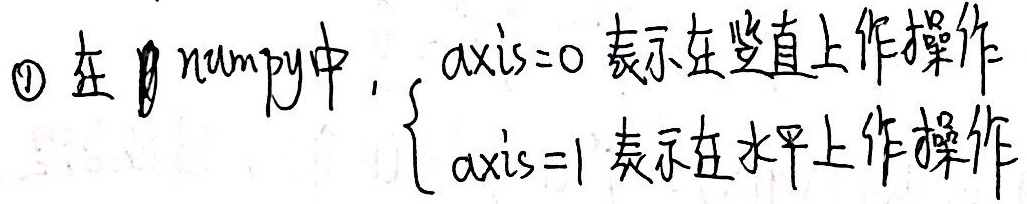
\textcircled{1} 在 numpy 中，$\begin{cases} \text{axis}=0\text{ 表示在竖直上作操作} \\ \text{axis}=1\text{ 表示在水平上作操作} \end{cases}$